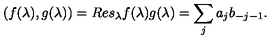
( f ( \lambda ) , g ( \lambda ) ) = R e s _ { \lambda } f ( \lambda ) g ( \lambda ) = \sum _ { j } a _ { j } b _ { - j - 1 } .